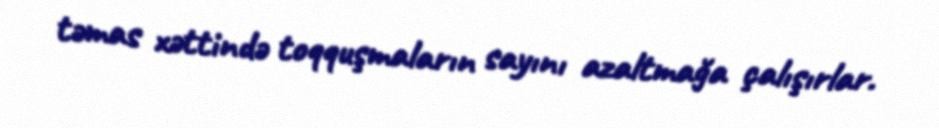
təmas xəttində toqquşmaların sayını azaltmağa çalışırlar.